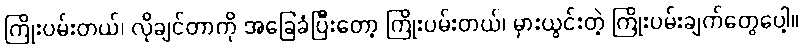
ကြိုးပမ်းတယ်၊ လိုချင်တာကို အခြေခံပြီးတော့ ကြိုးပမ်းတယ်၊ မှားယွင်းတဲ့ ကြိုးပမ်းချက်တွေပေါ့။